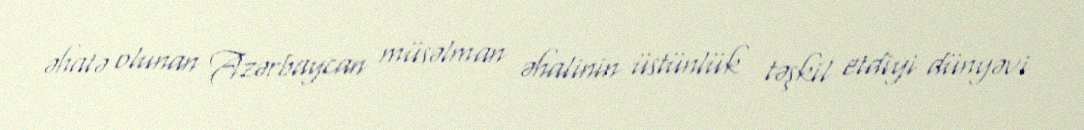
əhatə olunan Azərbaycan müsəlman əhalinin üstünlük təşkil etdiyi dünyəvi